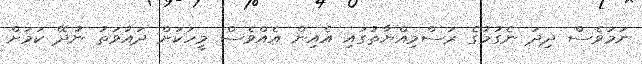
ނަމަވެސް ދިދަ ނެގުމުގެ ރަސްމިއްޔާތުގައި އެއިން އެއްވެސް މީހަކަށް ދައުވަތު ނުދޭ ކަމަށް